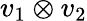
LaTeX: v_{1}\otimes v_{2}